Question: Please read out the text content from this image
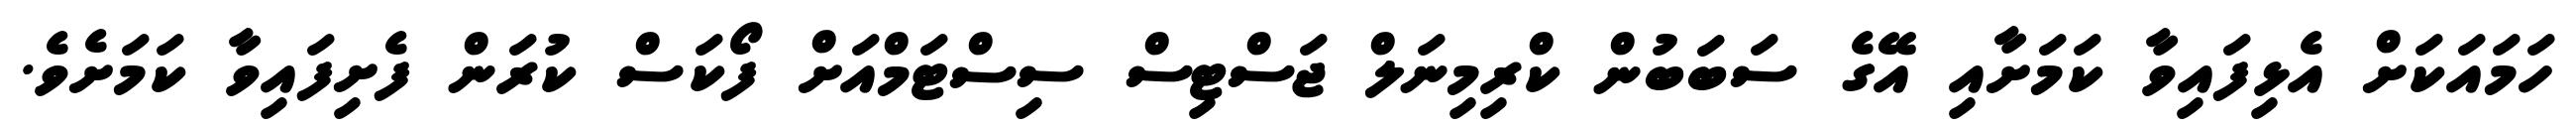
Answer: ހަމައަކަށް އެޅިފައިވާ ކަމަށާއި އޭގެ ސަބަބުން ކްރިމިނަލް ޖަސްޓިސް ސިސްޓަމްއަށް ފޯކަސް ކުރަން ފެށިފައިވާ ކަމަށެވެ.